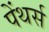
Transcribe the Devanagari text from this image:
पेंथर्स